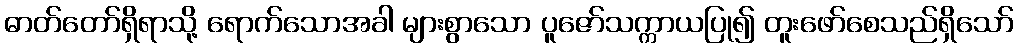
ဓာတ်တော်ရှိရာသို့ ရောက်သောအခါ များစွာသော ပူဇော်သက္ကာယပြု၍ တူးဖော်စေသည်ရှိသော်